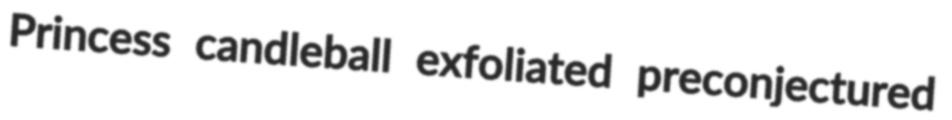
Princess candleball exfoliated preconjectured